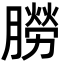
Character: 朥